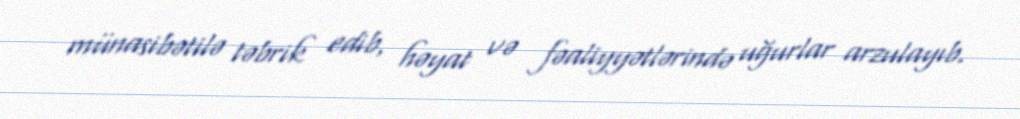
münasibətilə təbrik edib, həyat və fəaliyyətlərində uğurlar arzulayıb.